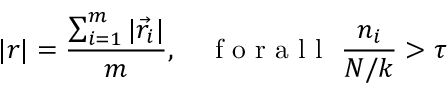
| r | = \frac { \sum _ { i = 1 } ^ { m } | \vec { r } _ { i } | } { m } , \quad \mathrm { ~ f ~ o ~ r ~ a ~ l ~ l ~ } \ \frac { n _ { i } } { N / k } > \tau